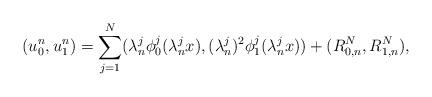
LaTeX: \begin{align*}(u_{0}^{n}, u_{1}^{n}) = \sum_{j = 1}^{N} (\lambda_{n}^{j} \phi_{0}^{j}(\lambda_{n}^{j} x), (\lambda_{n}^{j})^{2} \phi_{1}^{j}(\lambda_{n}^{j} x)) + (R_{0,n}^{N}, R_{1,n}^{N}),\end{align*}